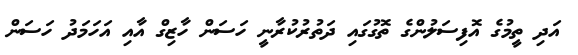
އަދި ތީމުގެ އޮފިސަލުންގެ ތޮގުގައި ދަތުރުކުރާނީ ހަސަން ހާޒިގް އާއި އަހަމަދު ހަސަން